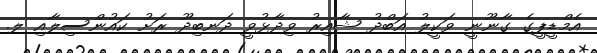
އެމްޑީޕީގެ ގާނޫނީ ވަކީލު އަބްދު ޝާއިރު ވިދާޅުވީ ދަނބިދޫ ރަށު ކައުންސިލާއި ލ.